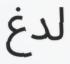
لدغ